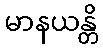
မာနယန္တိ